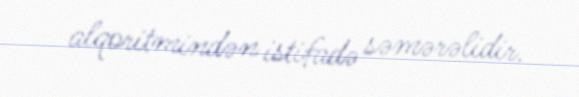
alqoritmindən istifadə səmərəlidir.